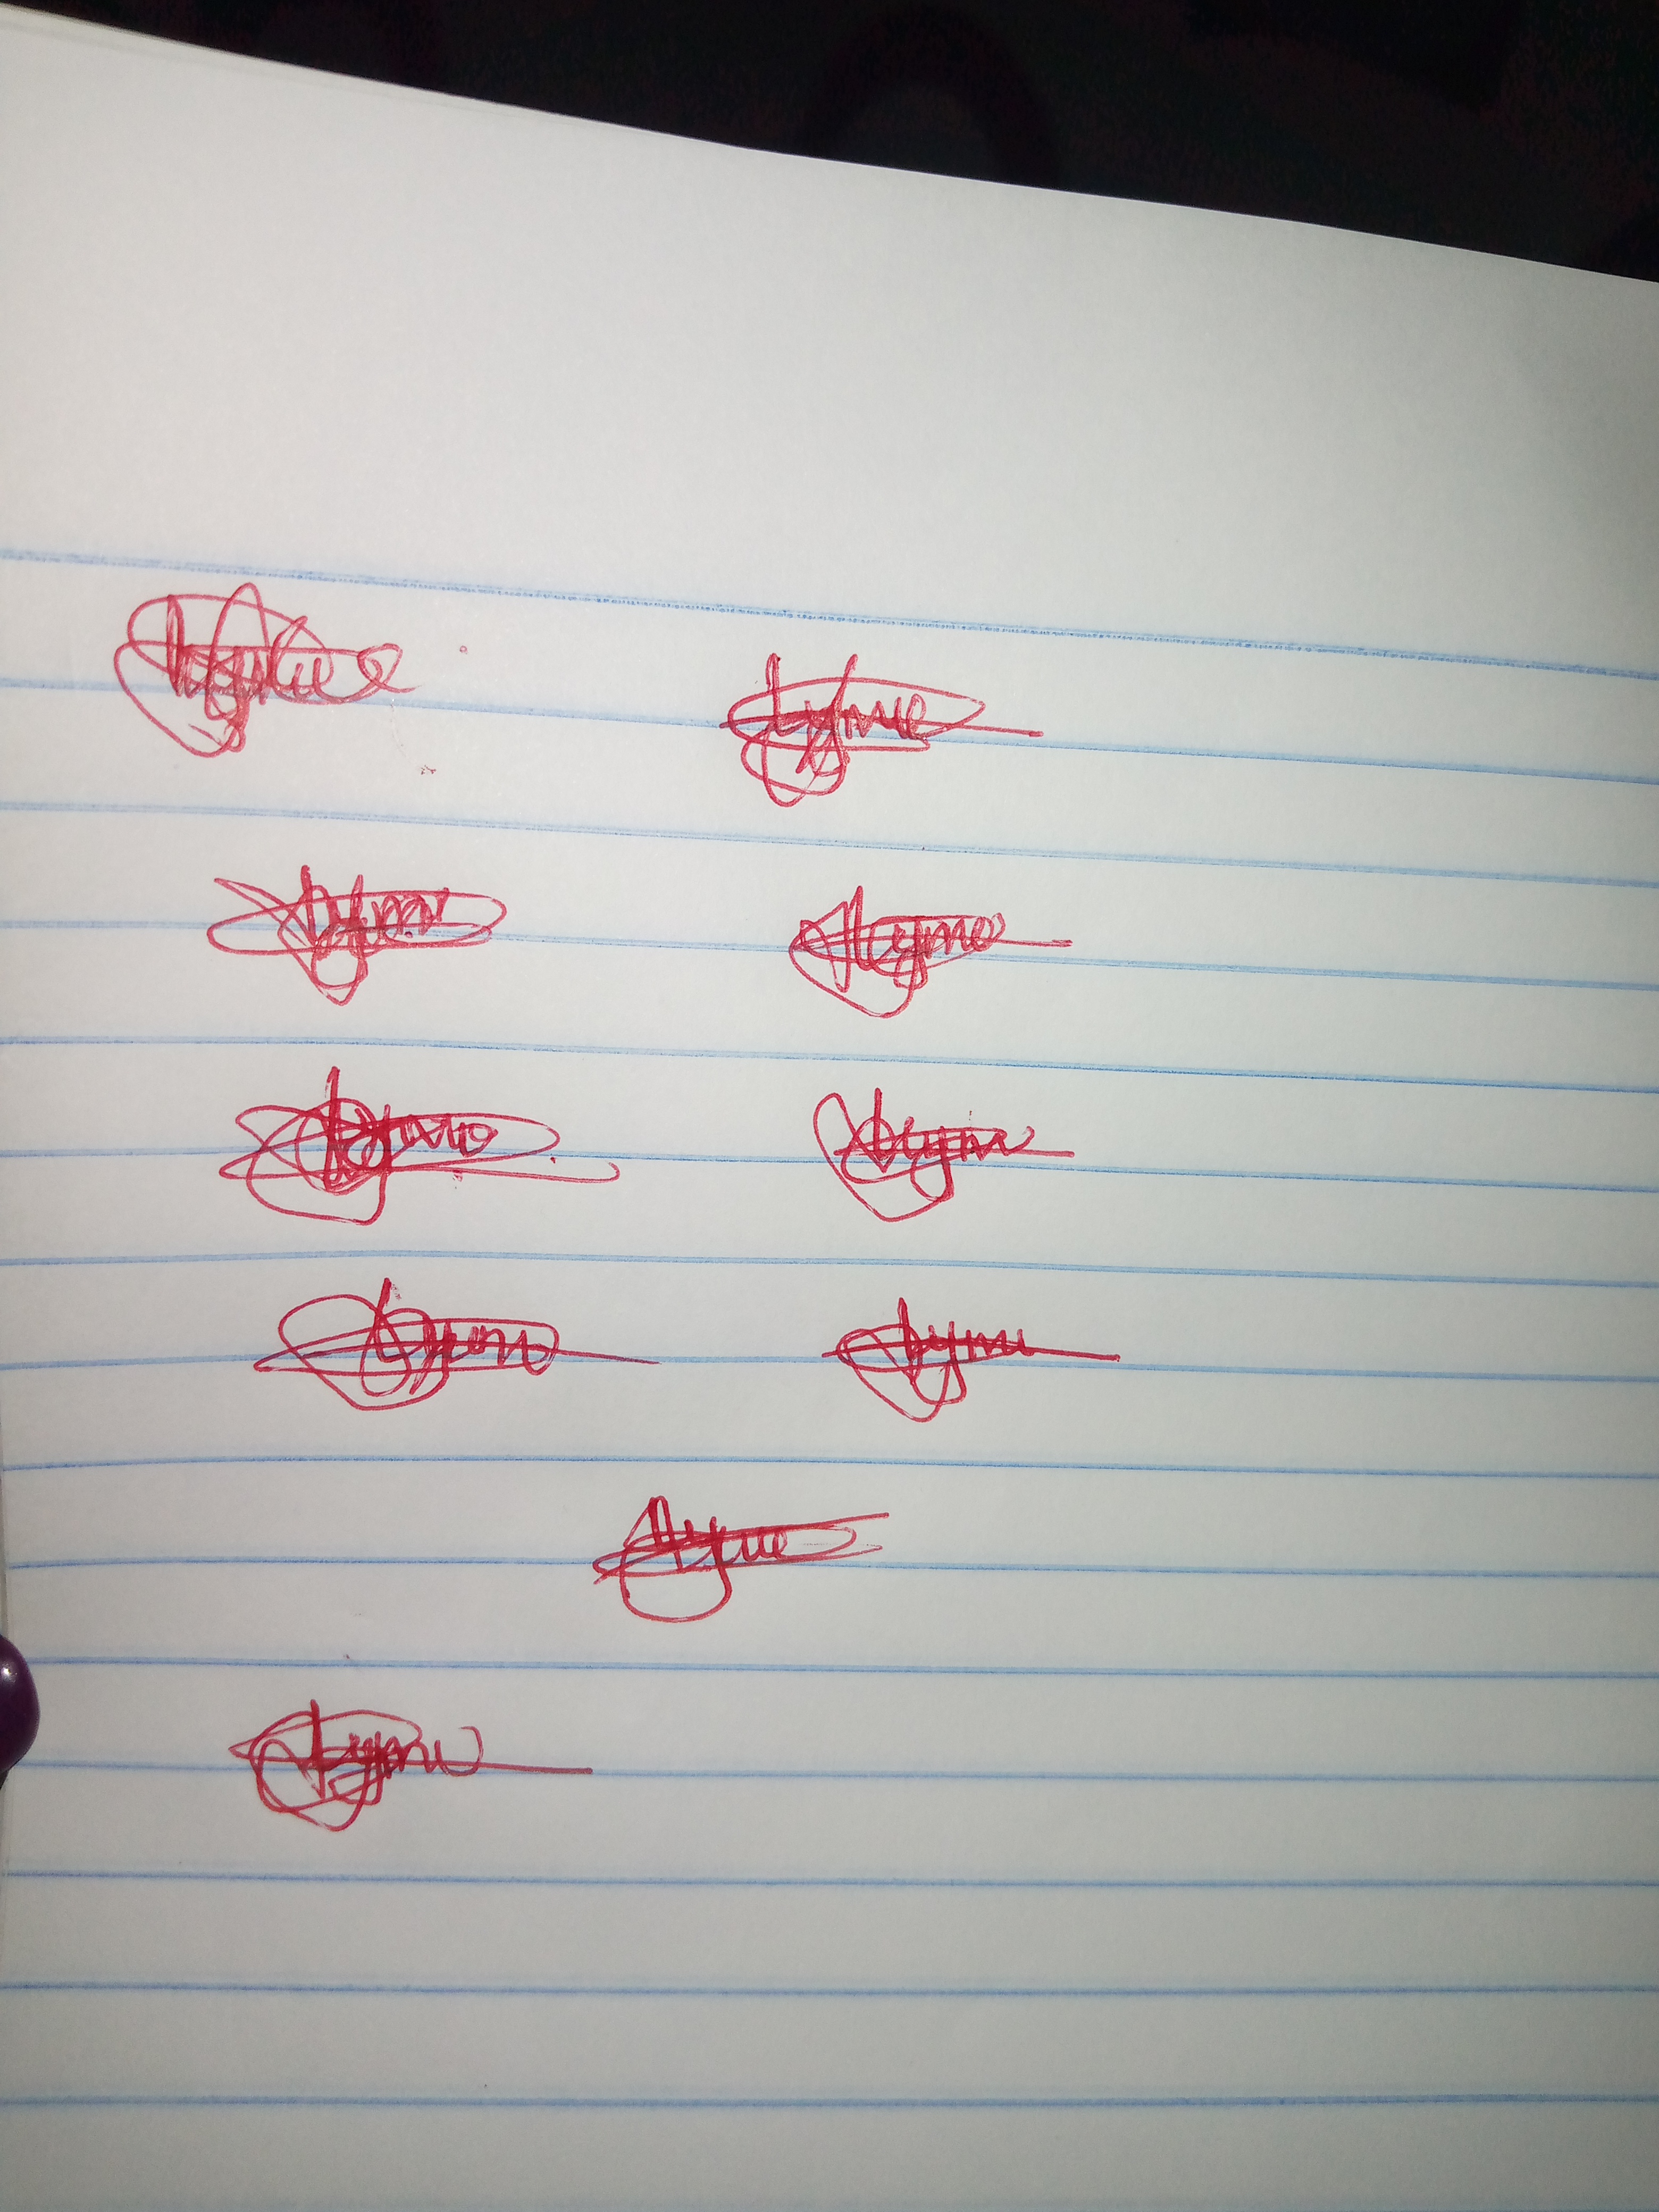
Signature authenticity: genuine